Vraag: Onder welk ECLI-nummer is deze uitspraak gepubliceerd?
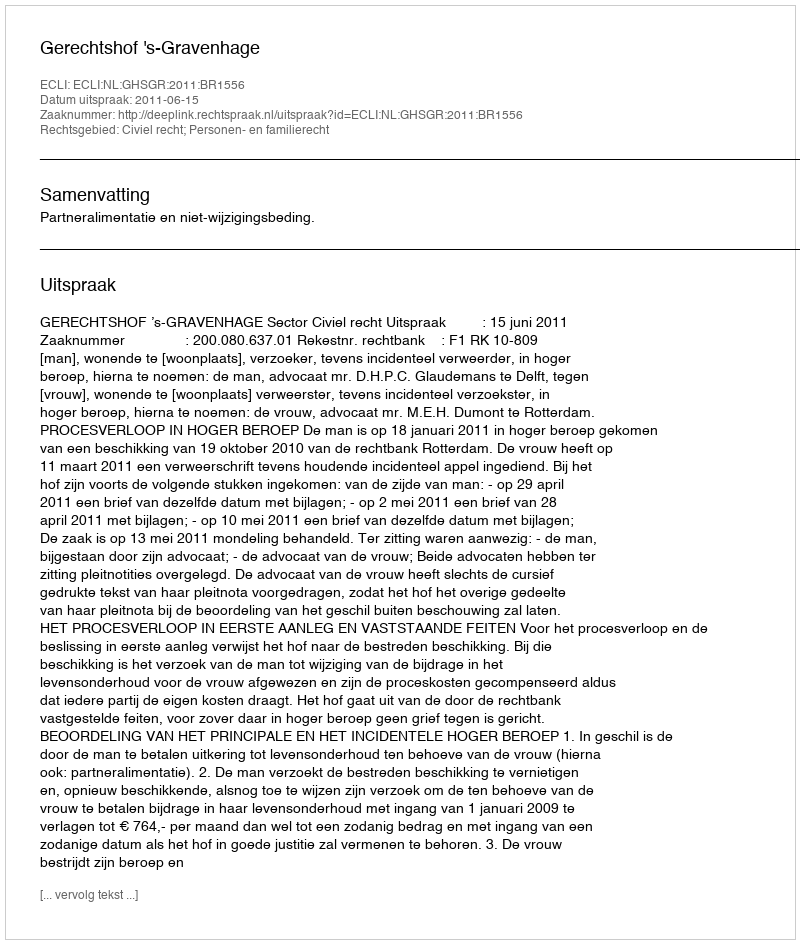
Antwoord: ECLI:NL:GHSGR:2011:BR1556